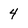
Character: 4